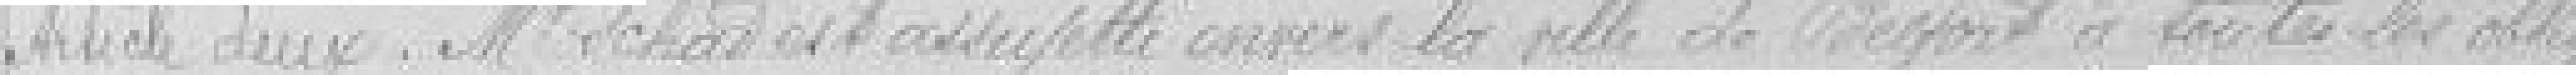
Article deux. Monsieur Schad est assujetti envers la ville de Belfort à toutes les obliga-